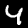
Label: 4